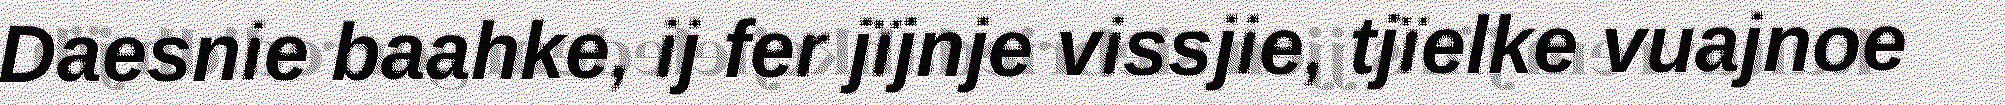
Daesnie baahke, ij fer jïjnje vissjie, tjïelke vuajnoe